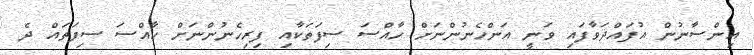
އިންސާނުން އުފައްދަވާފައި ވަނީ އަންހެނުންނަށް ހާއްސަ ސިފަތަކާއި ފިރިހެނުންނަށް ހާއްސަ ސިފަތައް ދެ